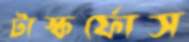
টাস্কর্ফোস